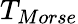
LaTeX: T_{Morse}